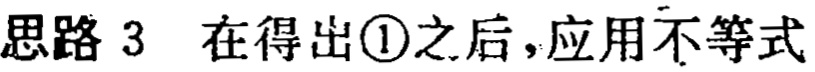
思路 3 在得出\textcircled{1}之后，应用不等式